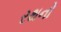
રથનો